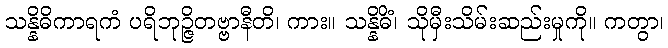
သန္နိဓိကာရကံ ပရိဘုဉ္ဇိတဗ္ဗာနီတိ၊ ကား။ သန္နိဓိံ၊ သိုမှီးသိမ်းဆည်းမှုကို။ ကတွာ၊